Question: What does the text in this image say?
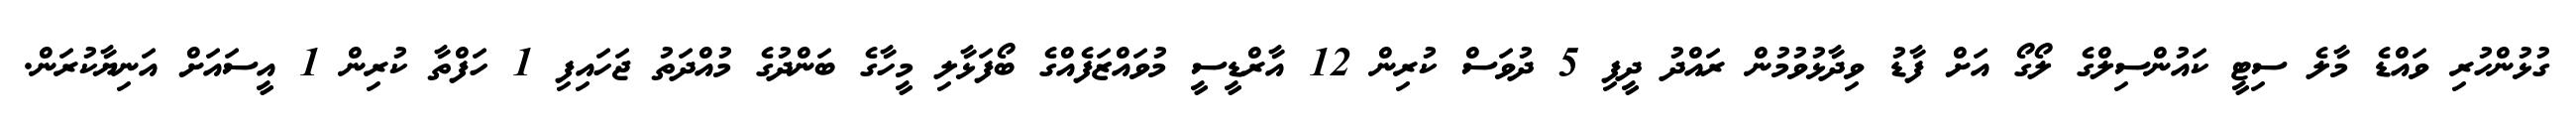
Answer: ގުޅުންހުރި ވައްޑެ މާލެ ސިޓީ ކައުންސިލްގެ ލޯގޯ އަށް ފާޑު ވިދާޅުވުމުން ރައްދު ދީފި 5 ދުވަސް ކުރިން 12 އާރްޑީސީ މުވައްޒަފެއްގެ ބޯފަޅާލި މީހާގެ ބަންދުގެ މުއްދަތު ޖަހައިފި 1 ހަފްތާ ކުރިން 1 އީސައަށް އަނިޔާކުރަން.